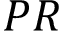
P R